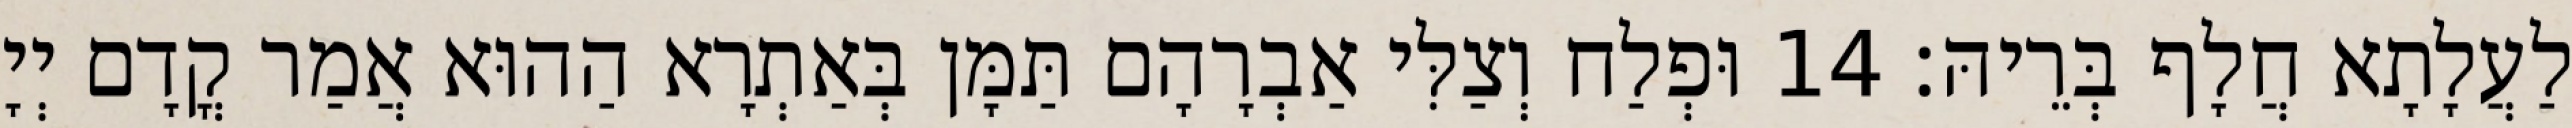
לַעֲלָתָא חֲלָף בְּרֵיהּ׃ 14 וּפְלַח וְצַלִּי אַבְרָהָם תַּמָּן בְּאַתְרָא הַהוּא אֲמַר קֳדָם יְיָ